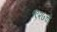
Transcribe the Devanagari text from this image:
१९२७ची